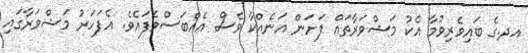
އދ.ގެ ބައިވެރިވުމާ އެކު މަޝްވަރާތައް ފަށަން އަނެއްކާ ވެސް އެއްބަސްވެފައެވެ. އެފަހަރު މަޝްވަރާގައި